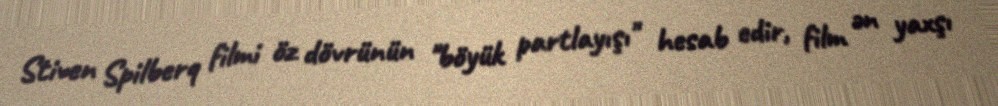
Stiven Spilberq filmi öz dövrünün "böyük partlayışı" hesab edir, film ən yaxşı